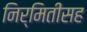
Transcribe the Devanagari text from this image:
निर्मितीसह